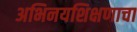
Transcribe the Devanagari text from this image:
अभिनयशिक्षणाचा